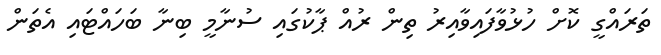
ތަރައްގީ ކޮށް ހުޅުވާފައިވާއިރު ތިން ރުއް ޕާކުގައި ސުނާމީ ބިނާ ބަހައްޓައި އެތަން